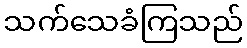
သက်သေခံကြသည်